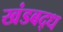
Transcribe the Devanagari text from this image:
खंडबद्ध